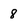
Character: 8